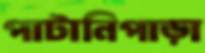
পাটানিপাড়া